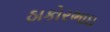
ઠાકોરભાઇ